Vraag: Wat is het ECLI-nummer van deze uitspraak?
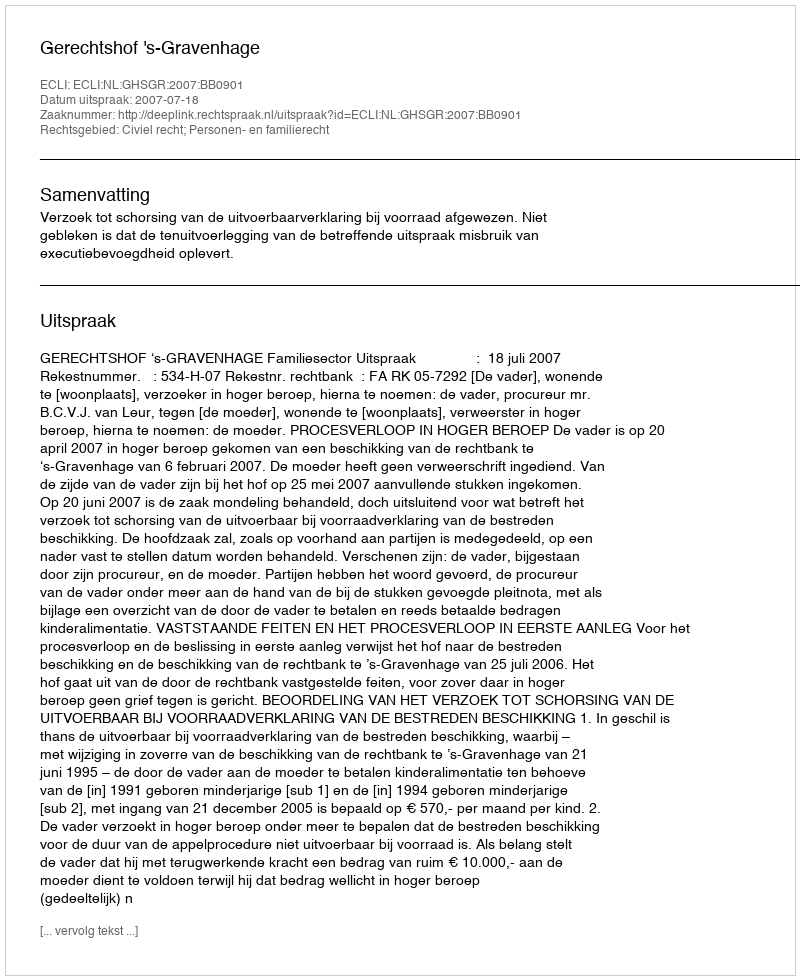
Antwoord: ECLI:NL:GHSGR:2007:BB0901